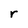
Character: r